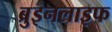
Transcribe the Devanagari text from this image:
ब्रुइनलाइफ